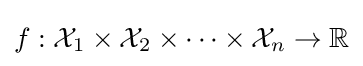
f:{\mathcal {X}}_{1}\times {\mathcal {X}}_{2}\times \cdots \times {\mathcal {X}}_{n}\rightarrow \mathbb {R}